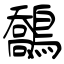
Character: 鷮